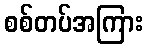
စစ်တပ်အကြား